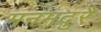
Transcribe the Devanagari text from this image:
मनमदुरै